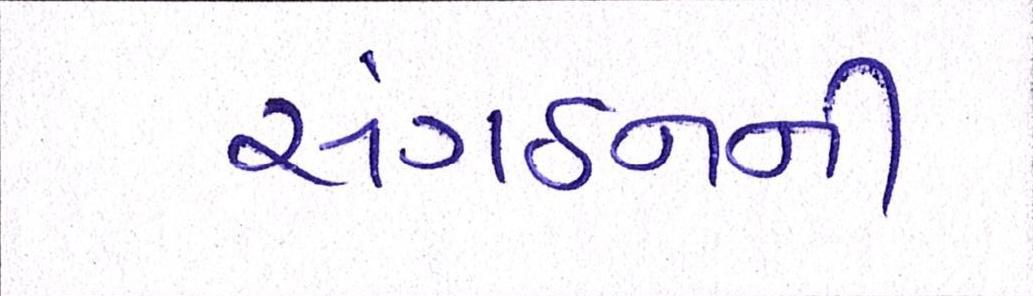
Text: સંગઠનની